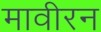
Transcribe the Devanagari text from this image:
मावीरन